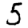
Digit: 5